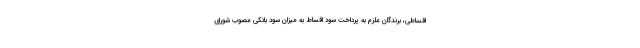
اقساطی، برندگان ملزم به پرداخت سود اقساط به میزان سود بانکی مصوب شورای